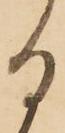
る